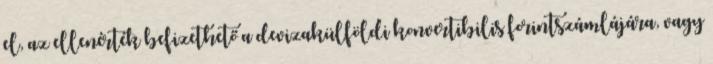
el, az ellenérték befizethető a devizakülföldi konvertibilis forintszámlájára, vagy